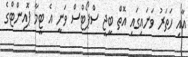
އާއި ހަތަރު ވަނައިގައި އޮތް ބީޖީ ސްޕޯޓްސް ވަނީ އެ ޓީމާ ޕޮއިންޓްގެ